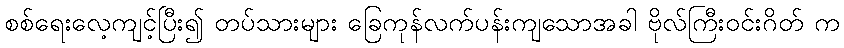
စစ်ရေးလေ့ကျင့်ပြီး၍ တပ်သားများ ခြေကုန်လက်ပန်းကျသောအခါ ဗိုလ်ကြီးဝင်းဂိတ် က